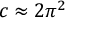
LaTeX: c \approx 2 \pi ^ { 2 }